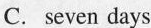
C. seven days